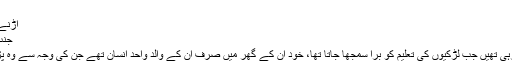
نظم کا ایک بند آپ بھی ملاحظہ کیجیے-
اڑنے کھلنے میں ہے نکہت خم گیسو میں نہیں
جنت ایک اور ہے جو مرد کے پہلو میں نہیں
جی، شوکت یہ بات اس سماج میں سوچ رہی تھیں جب لڑکیوں کی تعلیم کو برا سمجھا جاتا تھا، خود ان کے گھر میں صرف ان کے والد واحد انسان تھے جن کی وجہ سے وہ پڑھنے لکھنے کی کوشش کر پا رہی تھیں۔